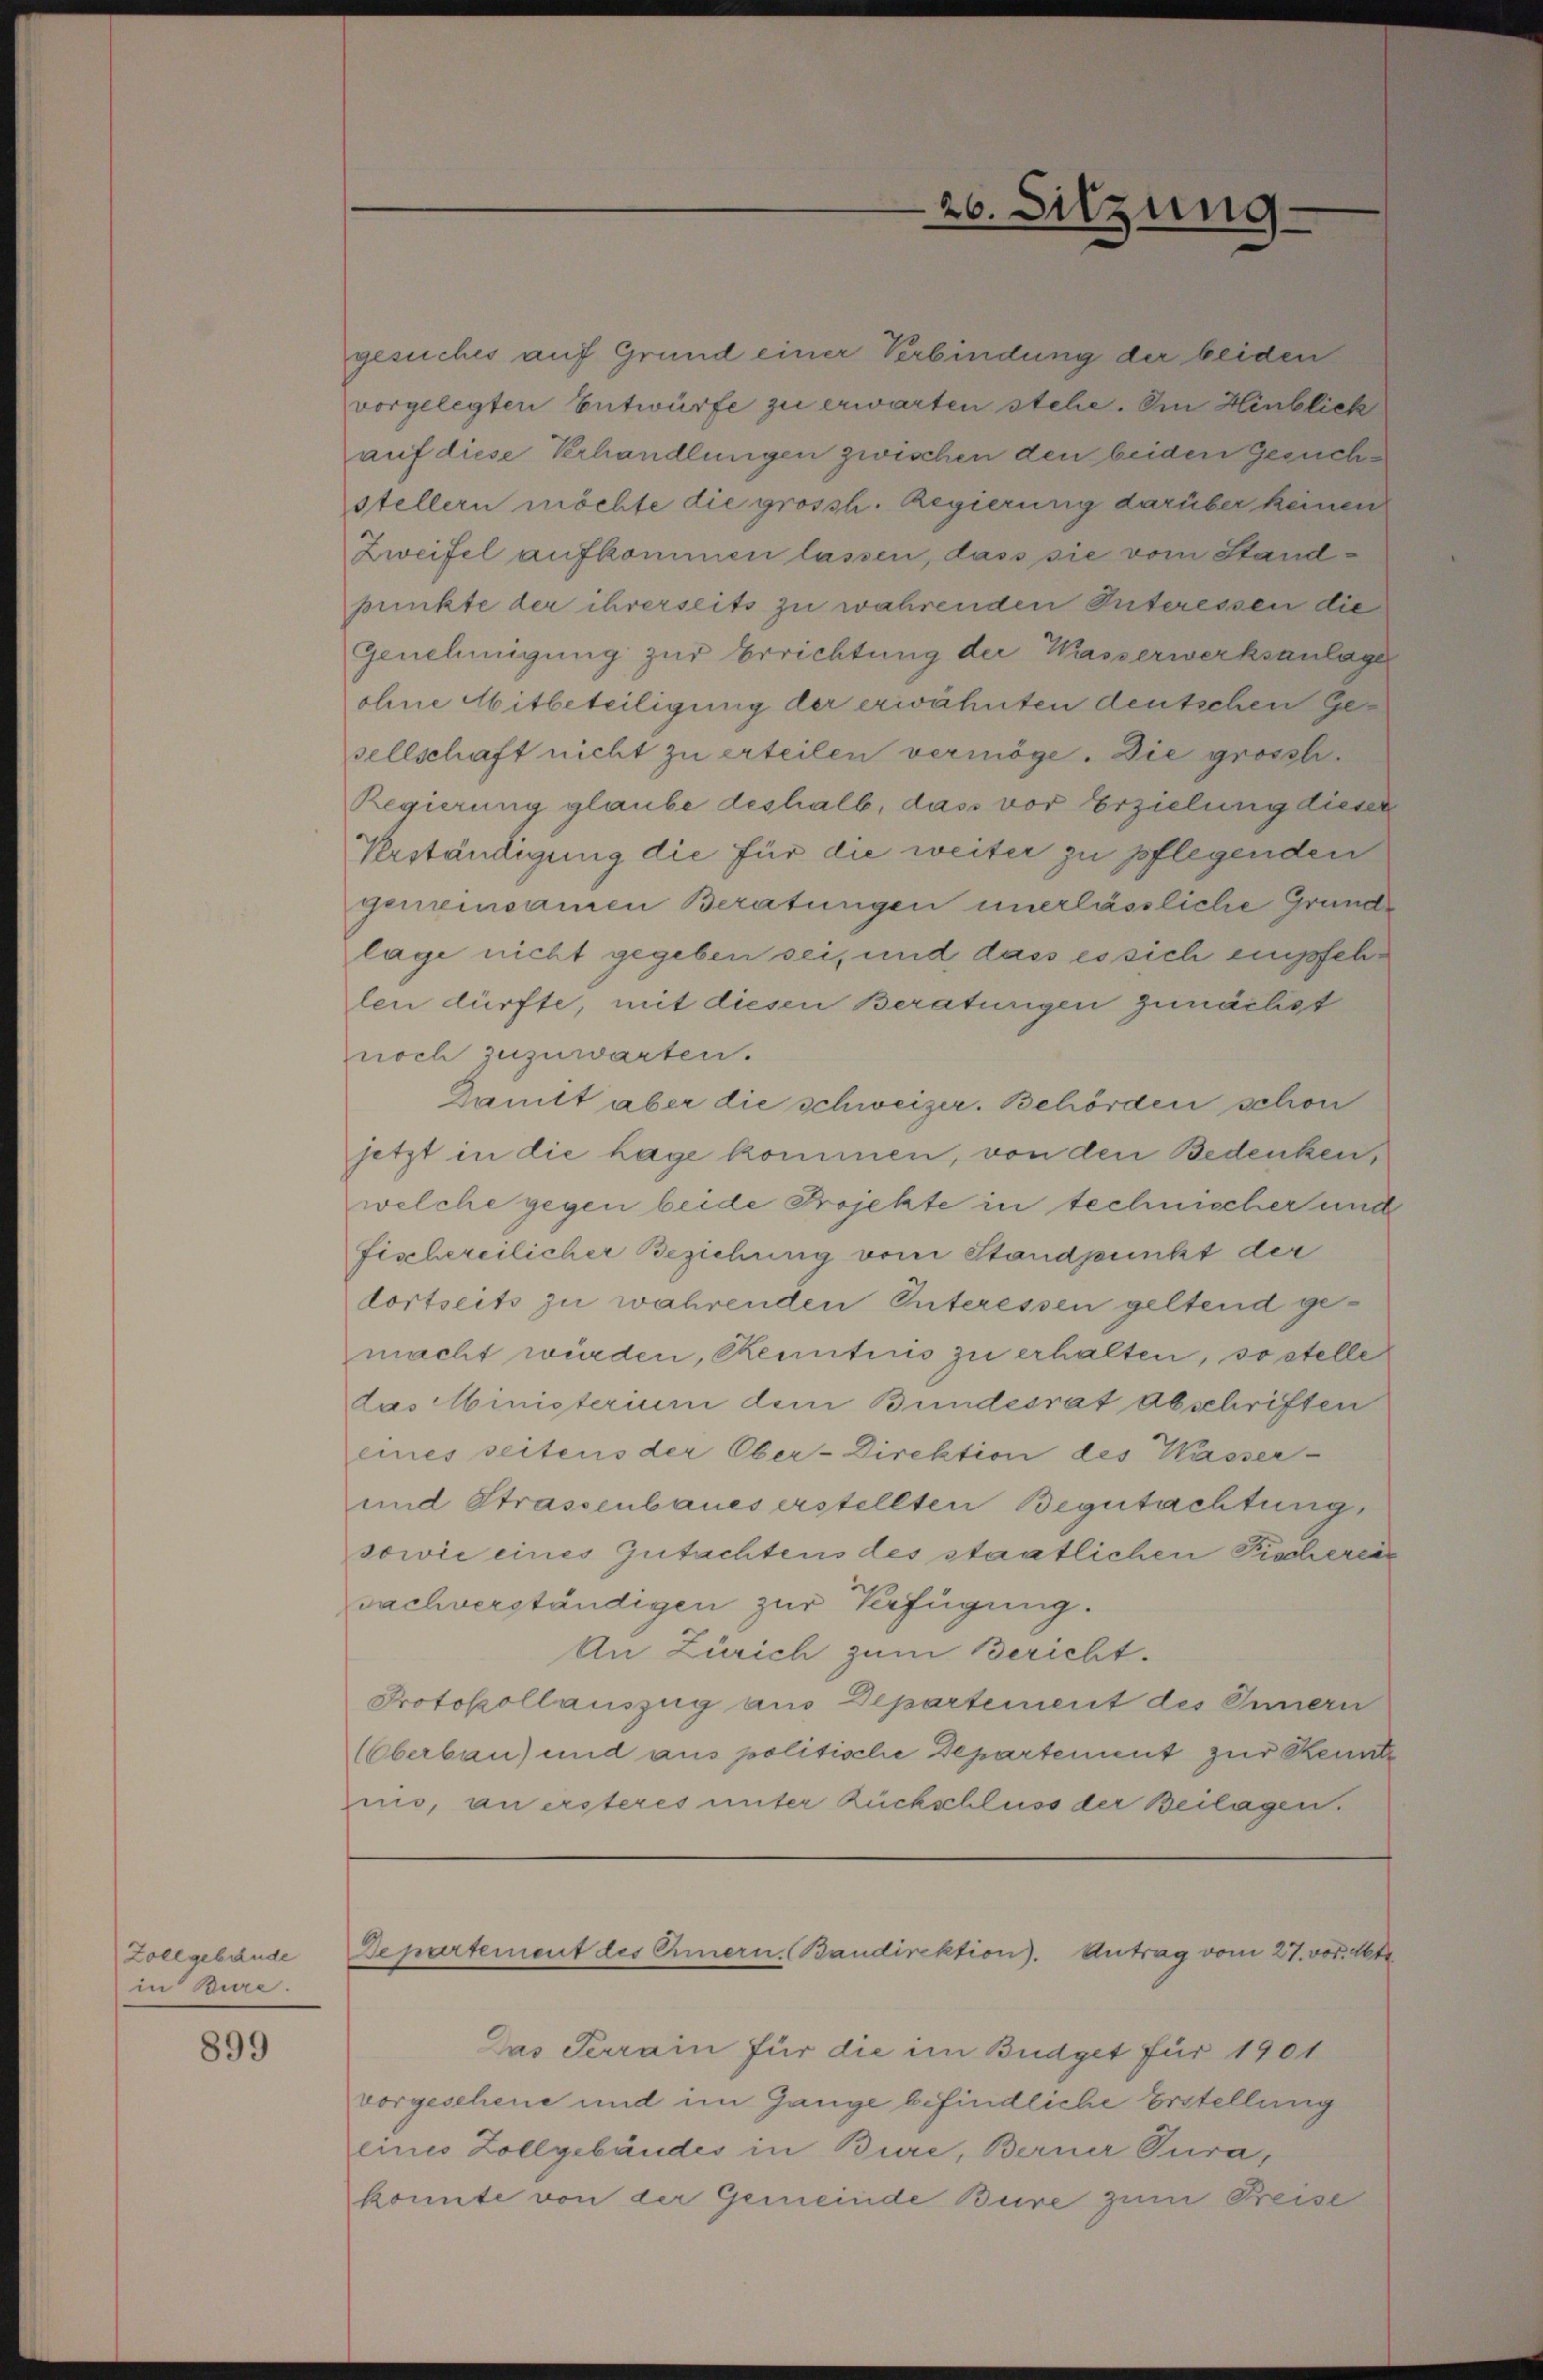
Zollgebäude
in Bure.

899

gesuches auf Grund einer Verbindung der beiden
vorgelegten Entwürfe zu erwarten stehe. Im Hinblick
auf diese Verhandlungen zwischen den beiden Gesuchstellern möchte die grossh. Regierung darüber keinen
Zweifel aufkommen lassen, dass sie vom Standpunkte der ihrerseits zu währenden Interessen die
Genehmigung zur Errichtung der Wasserwerksanlage
ohne Mitbeteiligung der erwähnten deutschen Gesellschaft nicht zu erteilen vermöge. Die grossti¬
Regierung glaube deshalb, das vor Erzielung dieser
Verständigung die für die weiter zu pflegenden
gemeinsamen Beratungen unerlässliche Grunde
lage nicht gegeben sei, und dass es sich empfehlen dürfte, mit diesen Beraturgen zunächst
noch zuzuwarten.
Dunitt aber die schweizer. Behörden schon
jetzt in die Lage kommen, von den Bedenken,
welche gegen beide Projekte in technischer und
fischereilicher Beziehung vom Standpunkt der
dortseits zu währenden Interessen geltend gemacht würden, Kenntnis zu erhalten, so stelle
das Ministerium dem Bundesrat Abschriften
eines seitens der Ober-Direktion des Wasser-
und Strassenbaues erstellten Begutachtung,
sowie eines Gutachtens des staatlichen Fischerein
sachverständigen zur Verfügung.
An Zürich zum Bericht.
Protokollauszug aus Departement des Innern
(Oberbau) und aus politische Departement zur Kennte
nio, an ersteres unter Rückschluss der Beilagen.

Das Terrain für die im Budget für 1901
vorgeschene und im Gange befindliche Erstellung
eines Zollgebäudes in Bure, Berner Tura,
konnte von der Gemeinde Bure zum Preise

26. Sitzung

Departement des Emern. Bandirektion). Antrag vom 27. vor. Mt